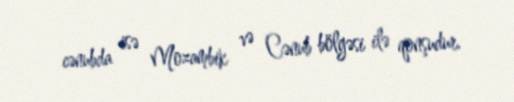
cənubda isə Mozambik və Cənub bölgəsi ilə qonşudur.